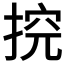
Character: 𱠏